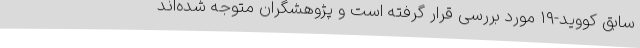
سابق کووید-۱۹ مورد بررسی قرار گرفته است و پژوهشگران متوجه شده‌اند